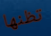
تظنها